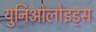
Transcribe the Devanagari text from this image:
युनिओलोइड्स